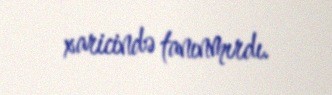
xaricində tanınmırdı.